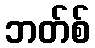
ဘတ်စ်